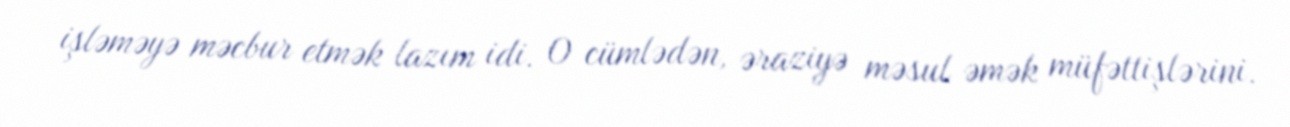
işləməyə məcbur etmək lazım idi. O cümlədən, əraziyə məsul əmək müfəttişlərini.